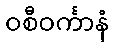
ဝစီဝင်္ကာနံ